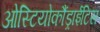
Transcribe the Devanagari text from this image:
ओस्टियोकौंड्राईटिस